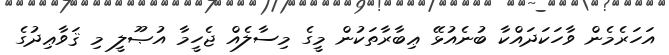
އަހަރެމެން ވާހަކަދައްކާ ބުނެއުޅޭ ޢިބާރާތަކުން މީގެ މިސާލެއް ޖެހީމާ އުޞޫލީ މި ޤަވާޢިދުގެ